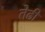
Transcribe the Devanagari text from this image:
तेढी